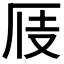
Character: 𠩍